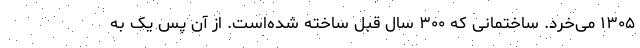
۱۳۰۵ می‌خرد. ساختمانی که ۳۰۰ سال قبل ساخته شده‌است. از آن پس یک به